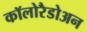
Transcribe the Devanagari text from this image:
कॉलोरैडोअन